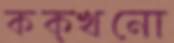
কক্খনো